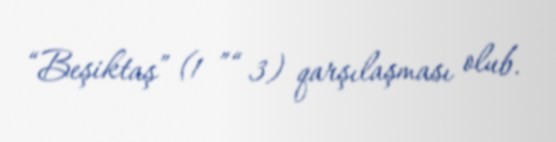
“Beşiktaş” (1 ”“ 3) qarşılaşması olub.